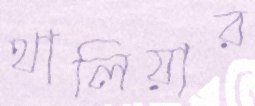
থালিয়ার